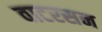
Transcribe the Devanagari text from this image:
वाटरसन